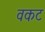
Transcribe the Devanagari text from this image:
वकट